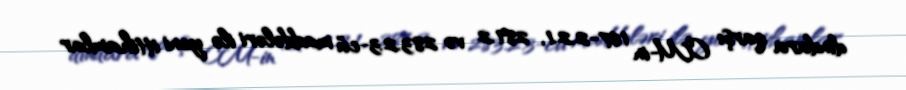
dindara qarşı CM-in 167-2.2.1, 281.2 və 283.2.3-cü maddələri ilə yeni ittihamlar